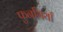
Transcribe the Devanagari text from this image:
फुनगियाँ